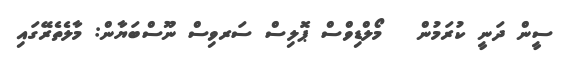
ސީން ދަނީ ކުރަމުން   މޯލްޑިވްސް ޕޮލިސް ސަރވިސް ނޫސްބަޔާން: މާލެތެރޭގައި